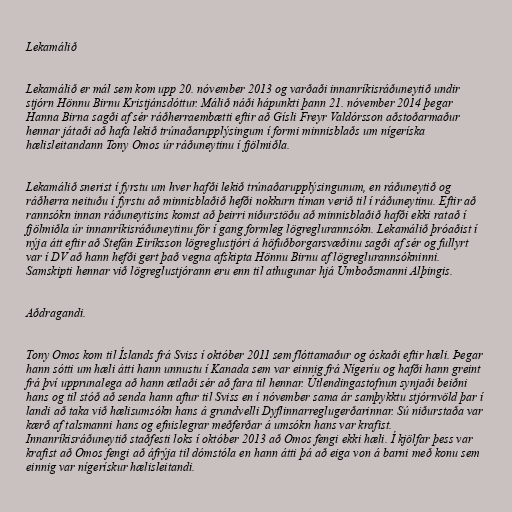
Lekamálið

Lekamálið er mál sem kom upp 20. nóvember 2013 og varðaði innanríkisráðuneytið undir
stjórn Hönnu Birnu Kristjánsdóttur. Málið náði hápunkti þann 21. nóvember 2014 þegar
Hanna Birna sagði af sér ráðherraembætti eftir að Gísli Freyr Valdórsson aðstoðarmaður
hennar játaði að hafa lekið trúnaðarupplýsingum í formi minnisblaðs um nígeríska
hælisleitandann Tony Omos úr ráðuneytinu í fjölmiðla.

Lekamálið snerist í fyrstu um hver hafði lekið trúnaðarupplýsingunum, en ráðuneytið og
ráðherra neituðu í fyrstu að minnisblaðið hefði nokkurn tíman verið til í ráðuneytinu. Eftir að
rannsókn innan ráðuneytisins komst að þeirri niðurstöðu að minnisblaðið hafði ekki ratað í
fjölmiðla úr innanríkisráðuneytinu fór í gang formleg lögreglurannsókn. Lekamálið þróaðist í
nýja átt eftir að Stefán Eiríksson lögreglustjóri á höfuðborgarsvæðinu sagði af sér og fullyrt
var í DV að hann hefði gert það vegna afskipta Hönnu Birnu af lögreglurannsókninni.
Samskipti hennar við lögreglustjórann eru enn til athugunar hjá Umboðsmanni Alþingis.

Aðdragandi.

Tony Omos kom til Íslands frá Sviss í október 2011 sem flóttamaður og óskaði eftir hæli. Þegar
hann sótti um hæli átti hann unnustu í Kanada sem var einnig frá Nígeríu og hafði hann greint
frá því upprunalega að hann ætlaði sér að fara til hennar. Útlendingastofnun synjaði beiðni
hans og til stóð að senda hann aftur til Sviss en í nóvember sama ár samþykktu stjórnvöld þar í
landi að taka við hælisumsókn hans á grundvelli Dyflinnarreglugerðarinnar. Sú niðurstaða var
kærð af talsmanni hans og efnislegrar meðferðar á umsókn hans var krafist.
Innanríkisráðuneytið staðfesti loks í október 2013 að Omos fengi ekki hæli. Í kjölfar þess var
krafist að Omos fengi að áfrýja til dómstóla en hann átti þá að eiga von á barni með konu sem
einnig var nígerískur hælisleitandi.